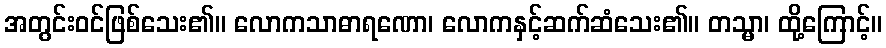
အတွင်းဝင်ဖြစ်သေး၏။ လောကသာဓာရဏော၊ လောကနှင့်ဆက်ဆံသေး၏။ တသ္မာ၊ ထို့ကြောင့်။